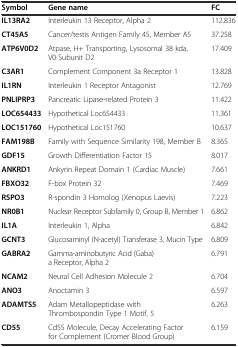
| Symbol | Gene name | FC |
 | --- | --- | --- |
 | IL13RA2 | Interleukin 13 Receptor, Alpha 2 | 112.836 |
 | CT45A5 | Cancer/testis Antigen Family 45, Member A5 | 37.258 |
 | ATP6V0D2 | Atpase, H+ Transporting, Lysosomal 38 kda, V0 Subunit D2 | 17.409 |
 | C3AR1 | Complement Component 3a Receptor 1 | 13.828 |
 | IL1RN | Interleukin 1 Receptor Antagonist | 12.769 |
 | PNLIPRP3 | Pancreatic Lipase-related Protein 3 | 11.422 |
 | LOC654433 | Hypothetical Loc654433 | 11.361 |
 | LOC151760 | Hypothetical Loc151760 | 10.637 |
 | FAM198B | Family with Sequence Similarity 198, Member B | 8.365 |
 | GDF15 | Growth Differentiation Factor 15 | 8.017 |
 | ANKRD1 | Ankyrin Repeat Domain 1 (Cardiac Muscle) | 7.661 |
 | FBXO32 | F-box Protein 32 | 7.469 |
 | RSPO3 | R-spondin 3 Homolog (Xenopus Laevis) | 7.223 |
 | NR0B1 | Nuclear Receptor Subfamily 0, Group B, Member 1 | 6.862 |
 | IL1A | Interleukin 1, Alpha | 6.842 |
 | GCNT3 | Glucosaminyl (N-acetyl) Transferase 3, Mucin Type | 6.809 |
 | GABRA2 | Gamma-aminobutyric Acid (Gaba) a Receptor, Alpha 2 | 6.791 |
 | NCAM2 | Neural Cell Adhesion Molecule 2 | 6.704 |
 | ANO3 | Anoctamin 3 | 6.597 |
 | ADAMTS5 | Adam Metallopeptidase with Thrombospondin Type 1 Motif, 5 | 6.263 |
 | CD55 | Cd55 Molecule, Decay Accelerating Factor for Complement (Cromer Blood Group) | 6.159 |